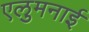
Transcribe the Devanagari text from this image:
एलुमनाई